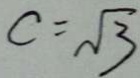
c = \sqrt { 3 }